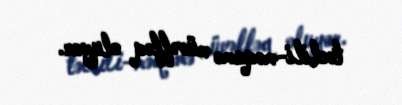
təclili-məqamə müvəffəq oluyor.